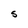
Character: S